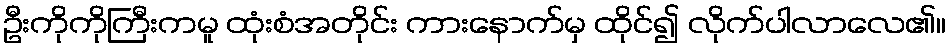
ဦးကိုကိုကြီးကမူ ထုံးစံအတိုင်း ကားနောက်မှ ထိုင်၍ လိုက်ပါလာလေ၏။